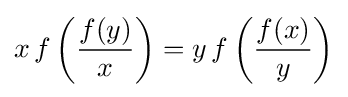
x\,f\left({f(y) \over x}\right)=y\,f\left({f(x) \over y}\right)